Annual report on the Civil Veterinary Department, Burma (including the Insein Veterinary School) - 1923-1931
Year: 1923
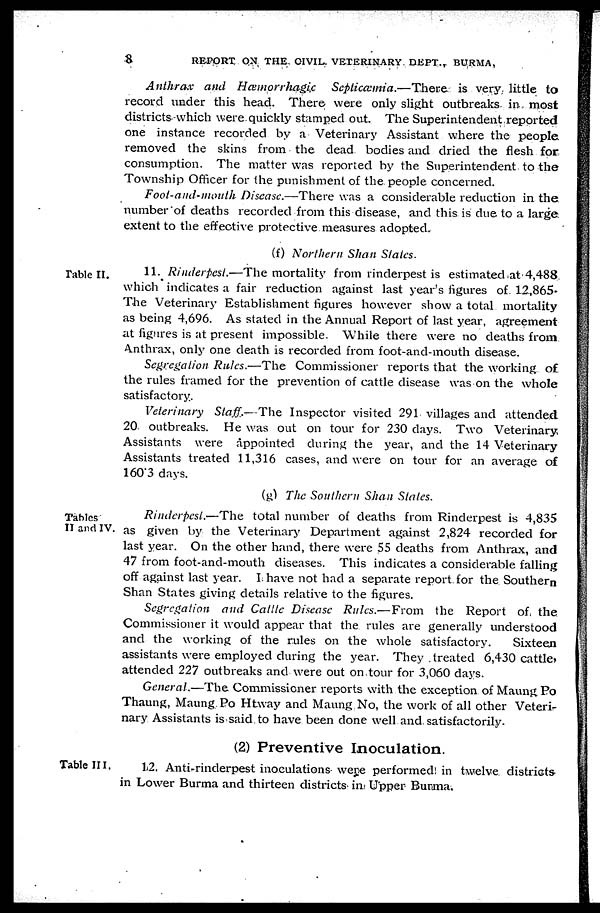
8
REPORT ON THE CIVIL VETERINARY DEPT., BURMA,
Anthrax and Hæmorrhagic
Septicæmia.—There is very little to
record under this head. There were only slight outbreaks in most
districts which were quickly stamped out. The Superintendent reported
one instance recorded by a Veterinary Assistant where the people
removed the skins from the dead bodies and dried the flesh for
consumption. The matter was reported by the Superintendent to the
Township Officer for the punishment of the people concerned.
Foot-and-mouth Disease.—There was a considerable reduction in the
number of deaths recorded from this disease, and this is due to a large
extent to the effective protective measures adopted.
(f) Northern Shan States.
Table II.
11. Rinderpest.—The mortality from rinderpest is estimated at 4,488
which indicates a fair reduction against last year's figures of 12,865.
The Veterinary Establishment figures however show a total mortality
as being 4,696. As stated in the Annual Report of last year, agreement
at figures is at present impossible. While there were no deaths from
Anthrax, only one death is recorded from foot-and-mouth disease.
Segregation Rules.—The Commissioner reports that the working of
the rules framed for the prevention of cattle disease was on the whole
satisfactory.
Veterinary Staff.—The Inspector visited 291 villages and attended
20 outbreaks. He was out on tour for 230 days. Two Veterinary
Assistants were appointed during the year, and the 14 Veterinary
Assistants treated 11,316 cases, and were on tour for an average of
160.3 days.
(g) The Southern Shan Stales.
Tables
II and IV.
Rinderpest.—The total number of deaths from Rinderpest is 4,835
as given by the Veterinary Department against 2,824 recorded for
last year. On the other hand, there were 55 deaths from Anthrax, and
47 from foot-and-mouth diseases. This indicates a considerable falling
off against last year. I have not had a separate report for the Southern
Shan States giving details relative to the figures.
Segregation and Cattle Disease Rules.—From the Report of, the
Commissioner it would appear that the rules are generally understood
and the working of the rules on the whole satisfactory.
Sixteen
assistants were employed during the year. They treated 6,430 cattle,
attended 227 outbreaks and were out on tour for 3,060 days.
General.—The Commissioner reports with the exception of Maung Po
Thaung, Maung Po Htway and Maung No, the work of all other Veteri-
nary. Assistants is said to have been done well and. satisfactorily.
(2) Preventive Inoculation.
Table III.
12. Anti-rinderpest inoculations were performed in twelve districts
in Lower Burma and thirteen districts in Upper Burma.